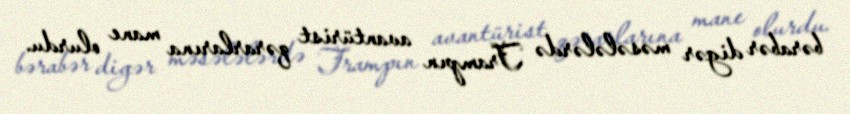
bərabər digər məsələlərdə Trampın avantürist qərarlarına mane olurdu.